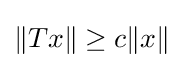
\|Tx\|\geq c\|x\|